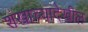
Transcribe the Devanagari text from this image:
शंखाच्यादेखील